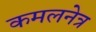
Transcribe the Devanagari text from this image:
कमलनेत्र